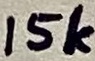
Text: 15k